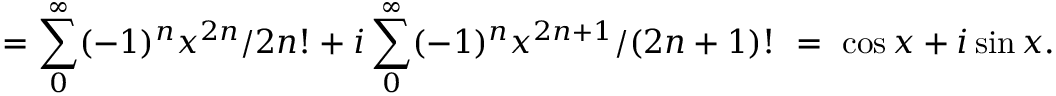
= \sum _ { 0 } ^ { \infty } ( - 1 ) ^ { n } x ^ { 2 n } / 2 n ! + i \sum _ { 0 } ^ { \infty } ( - 1 ) ^ { n } x ^ { 2 n + 1 } / ( 2 n + 1 ) ! \ = \ \cos x + i \sin x .